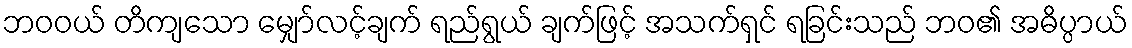
ဘဝဝယ် တိကျသော မျှော်လင့်ချက် ရည်ရွယ် ချက်ဖြင့် အသက်ရှင် ရခြင်းသည် ဘဝ၏ အဓိပ္ပာယ်